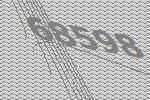
68598